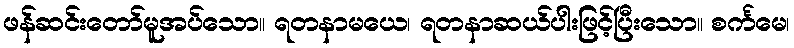
ဖန်ဆင်းတော်မူအပ်သော။ ရတနာမယေ၊ ရတနာဆယ်ပါးဖြင့်ပြီးသော။ စင်္ကမေ၊